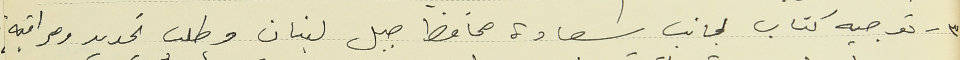
٣ - توجيه كتاب لجانب سعادة محافظ جبل لبنان وطلب تحديد ومراقبة